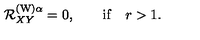
{ \cal R } _ { X Y } ^ { ( \mathrm { W } ) \alpha } = 0 , \qquad \mathrm { i f } \quad r > 1 .